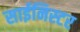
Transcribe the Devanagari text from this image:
साईनिस्टर